Civil Veterinary Dept. Bombay admin report 1893-99 - 1893-1899
Year: 1893
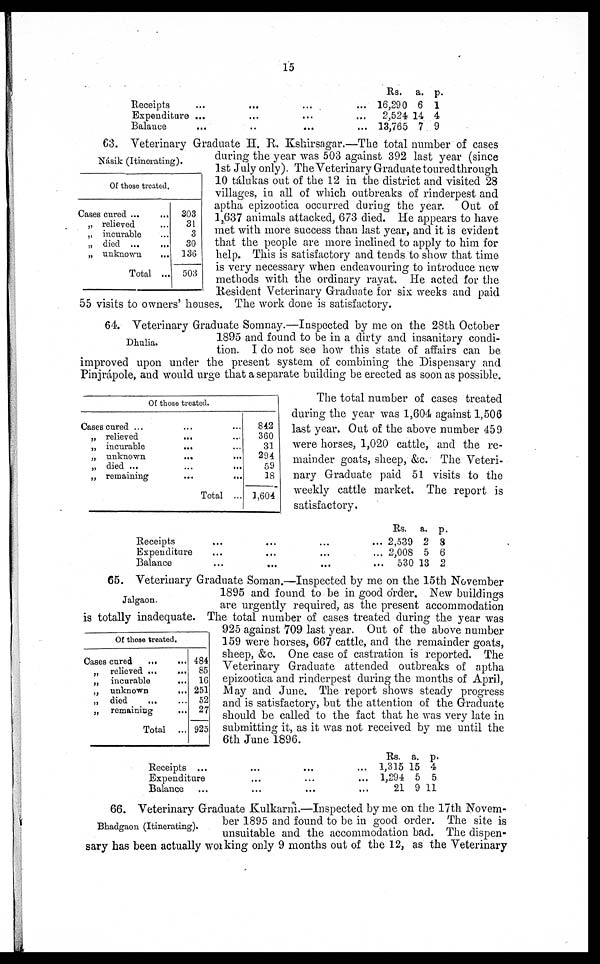
15
Receipts
Expenditure
Balance
...
...
...
...
...
..
…
...
...
...
…
...
Rs.
16,290
2,524
13,765
a.
6
14
7
p.
1
4
9
Násik (Itinerating).
63. Veterinary Graduate H. R. Kshirsagar.—The total number of cases
during the year was 503 against 392 last year (since
1st July only). The Veterinary Graduate toured through
10 tálukas out of the 12 in the district and visited 28
villages, in all of which outbreaks of rinderpest and
aptha epizootica occurred during the year. Out of
1,637 animals attacked, 673 died. He appears to have
met with more success than last year, and it is evident
that the people are more inclined to apply to him for
help. This is satisfactory and tends to show that time
is very necessary when endeavouring to introduce new
methods with the ordinary rayat. He acted for the
Resident Veterinary Graduate for six weeks and paid
55 visits to owners' houses. The work done is satisfactory.
Of those treated.
Cases cured ...
„ relieved
„ incurable
„ died ...
„ unknown
Total
...
…
...
...
303
31
3
30
136
503
Dhulia.
64. Veterinary Graduate Somnay.—Inspected by me on the 28th October
1895 and found to be in a dirty and insanitary condi-
tion. I do not see how this state of affairs can be
improved upon under the present system of combining the Dispensary and
Pinjrápole, and would urge that a separate building be erected as soon as possible.
Of those treated.
Cases cured ...
„ relieved
„ incurable
„ unknown
„ died ...
„ remaining
… …
... …
... …
… …
… …
... …
Total ...
842
360
31
294
59
18
1,604
The total number of cases treated
during the year was 1,604 against 1,506
last year. Out of the above number 459
were horses, 1,020 cattle, and the re-
mainder goats, sheep, &c. The Veteri-
nary Graduate paid 51 visits to the
weekly cattle market. The report is
satisfactory.
Receipts
Expenditure
Balance
...
...
...
…
...
...
...
…
...
...
…
...
Rs.
2,539
2,008
530
a.
2
5
13
p.
8
6
2
Jalgaon.
65. Veterinary Graduate Soman.—Inspected by me on the 15th November
1895 and found to be in good order. New buildings
are urgently required, as the present accommodation
is totally inadequate. The total number of cases treated during the year was
925 against 709 last year. Out of the above number
159 were horses, 667 cattle, and the remainder goats,
sheep, &c. One case of castration is reported. The
Veterinary Graduate attended outbreaks of aptha
epizootica and rinderpest during the months of April,
May and June. The report shows steady progress
and is satisfactory, but the attention of the Graduate
should be called to the fact that he was very late in
submitting it, as it was not received by me until the
6th June 1896.
Of those treated.
Cases cured …
„ relieved ...
„
incurable
„ unknown
„ died …
„ remaining
Total
...
...
...
...
…
...
...
484
85
16
251
52
27
925
Receipts ...
Expenditure
Balance …
...
...
...
...
…
...
...
...
...
Rs.
1,315
1,294
21
a.
15
5
9
p.
4
5
11
Bhadgaon (Itinerating).
66. Veterinary Graduate Kulkarni.—Inspected by me on the 17th Novem-
ber 1895 and found to be in good order. The site is
unsuitable and the accommodation bad. The dispen-
sary has been actually working only 9 months out of the 12, as the Veterinary